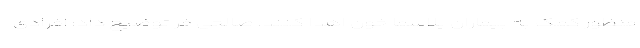
منظور کمک به بیماران پلاسما خون اهدا کنند. صالحی فر توضیح داد: افرادی